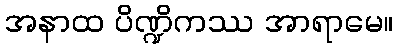
အနာထ ပိဏ္ဍိကဿ အာရာမေ။